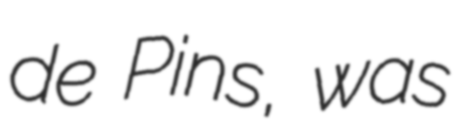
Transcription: de Pins, was